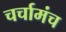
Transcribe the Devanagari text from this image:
चर्चामंच